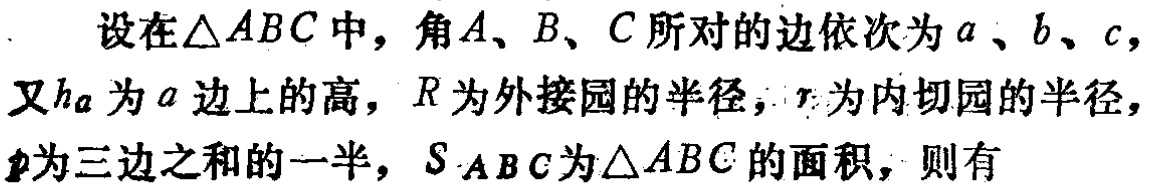
设在$\triangle ABC$中，角$A、B、C$所对的边依次为$a、b、c$，又$h_{a}$为$a$边上的高，$R$为外接圆的半径，$r$为内切圆的半径，$p$为三边之和的一半，$S_{ABC}$为$\triangle ABC$的面积，则有